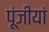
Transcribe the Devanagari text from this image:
पूंजीयां